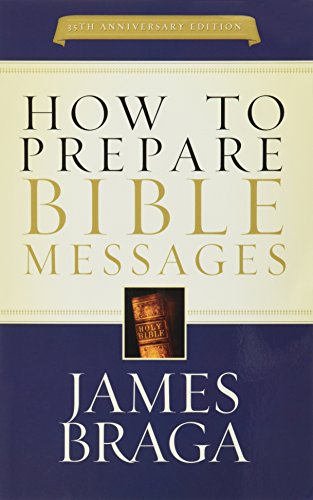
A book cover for How to Prepare Bible Messages; James Braga; Christian Books & Bibles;